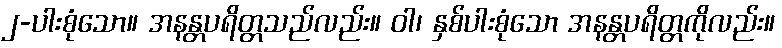
၂-ပါးစုံသော။ အနန္တပရိတ္တသည်လည်း။ ဝါ၊ နှစ်ပါးစုံသော အနန္တပရိတ္တကိုလည်း။